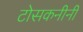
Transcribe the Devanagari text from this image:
टोसकनीनी